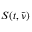
S ( t , \tilde { \nu } )